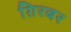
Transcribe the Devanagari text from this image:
ग़िरबर